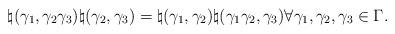
LaTeX: \begin{align*}\natural (\gamma_1,\gamma_2 \gamma_3) \natural (\gamma_2,\gamma_3) =\natural (\gamma_1,\gamma_2) \natural (\gamma_1 \gamma_2,\gamma_3)\forall \gamma_1,\gamma_2,\gamma_3 \in \Gamma .\end{align*}